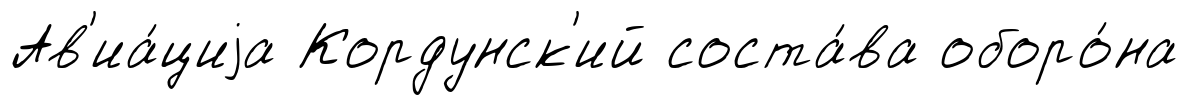
Ав'иа́циjа Кордунск'ий соста́ва оборо́на